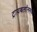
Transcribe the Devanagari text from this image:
ट्रायथलॉनमध्ये